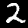
Label: 2